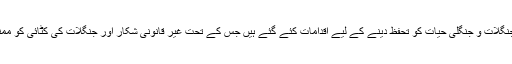
ان علاقوں میں بھی جنگلات و جنگلی حیات کو تحفظ دینے کے لیے اقدامات کئے گئے ہیں جس کے تحت غیر قانونی شکار اور جنگلات کی کٹائی کو ممنوع قرار دیا گیا ہے۔